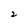
Character: 2